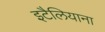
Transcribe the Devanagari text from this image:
इटैलियाना